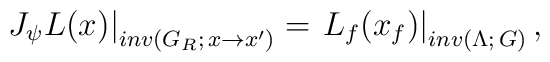
\left. J_{\psi} L(x)\right|_{inv(G_{R}; \, x\rightarrow x')}=\left. L_{f}(x_{f})\right|_{inv(\Lambda; \, G)},